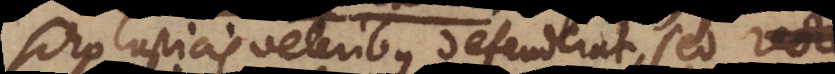
olasticis veteribus defenderat, sed recte